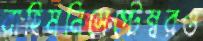
রাহিমনিসেপ্টেম্বরও